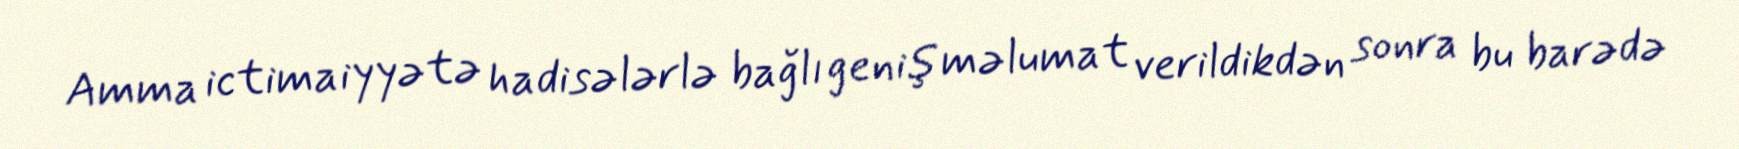
Amma ictimaiyyətə hadisələrlə bağlı geniş məlumat verildikdən sonra bu barədə